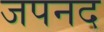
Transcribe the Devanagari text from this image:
जपनद